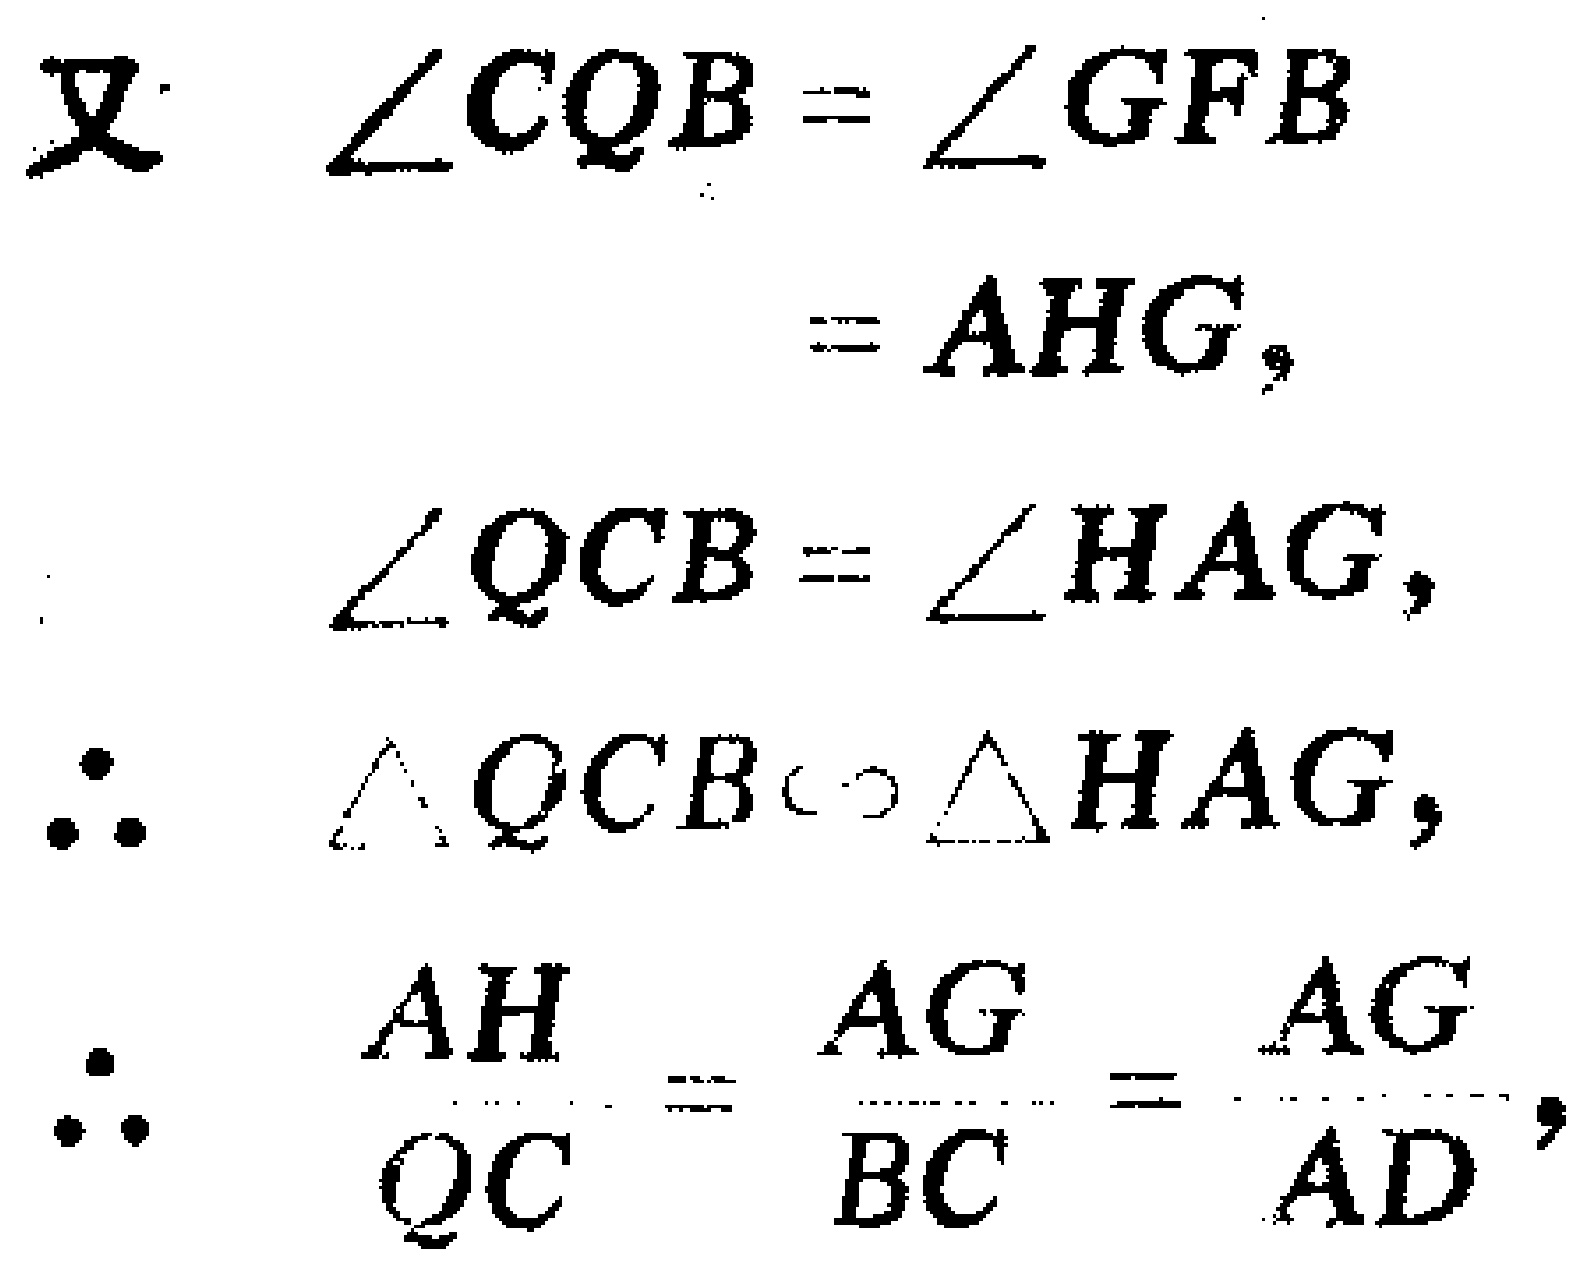
\[
\begin{align*}
\text{又}\quad\angle CQB&=\angle GFB\\
&=\angle AHG,\\
\angle QCB&=\angle HAG,\\
\therefore\quad\triangle QCB&\sim\triangle HAG,\\
\therefore\quad\frac{AH}{QC}&=\frac{AG}{BC}=\frac{AG}{AD},
\end{align*}
\]